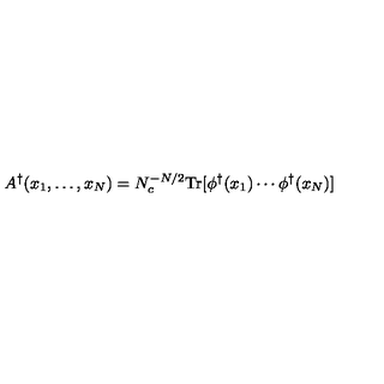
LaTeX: A ^ { \dagger } ( x _ { 1 } , \ldots , x _ { N } ) = N _ { c } ^ { - N / 2 } \mathrm { T r } [ \phi ^ { \dagger } ( x _ { 1 } ) \cdots \phi ^ { \dagger } ( x _ { N } ) ]